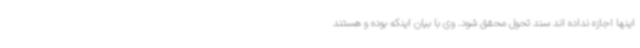
اینها اجازه نداده اند سند تحول محقق شود. وی با بیان اینکه بوده و هستند